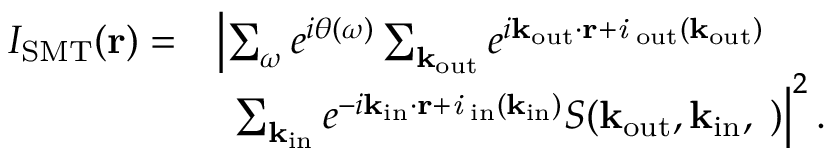
\begin{array} { r l } { I _ { \mathrm { S M T } } ( \bf { r } ) \it = } & { \left| \sum _ { \omega } e ^ { i \theta ( \omega ) } \sum _ { \bf k _ { \mathrm { o u t } } } e ^ { i \bf k _ { \mathrm { o u t } } \cdot \bf { r } + \it i \phi _ { \mathrm { o u t } } ( \bf k _ { \mathrm { o u t } } ) } \right. } \\ & { \, \, \left. \sum _ { \bf k _ { \mathrm { i n } } } e ^ { - i \bf k _ { \mathrm { i n } } \cdot \bf { r } + \it i \phi _ { \mathrm { i n } } ( \bf k _ { \mathrm { i n } } ) } S ( \bf k _ { \mathrm { o u t } } , \bf k _ { \mathrm { i n } } , \omega ) \right| ^ { 2 } . } \end{array}